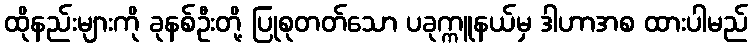
ထိုနည်းများကို ခုနစ်ဦးတို့ ပြုစုတတ်သော ပခုက္ကူနယ်မှ ဒါဟာအစ ထားပါမည်